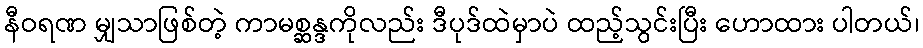
နီဝရဏ မျှသာဖြစ်တဲ့ ကာမစ္ဆန္ဒကိုလည်း ဒီပုဒ်ထဲမှာပဲ ထည့်သွင်းပြီး ဟောထား ပါတယ်၊